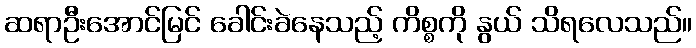
ဆရာဦးအောင်မြင် ခေါင်းခဲနေသည့် ကိစ္စကို နွယ် သိရလေသည်။